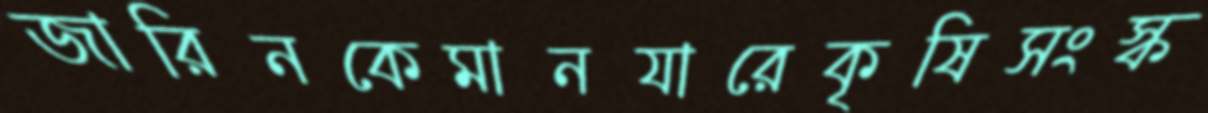
জারিনকেমানযারেকৃষিসংস্ক